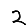
Digit: 2